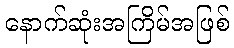
နောက်ဆုံးအကြိမ်အဖြစ်